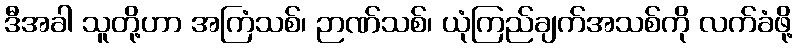
ဒီအခါ သူတို့ဟာ အကြံသစ်၊ ဉာဏ်သစ်၊ ယုံကြည်ချက်အသစ်ကို လက်ခံဖို့